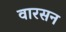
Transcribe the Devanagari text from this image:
वारसन